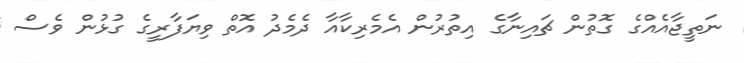
ނަތީޖާއެއްގެ ގޮތުން ޗައިނާގެ އިތުރުން އެމެރިކާއާ ދެމެދު އޮތް ވިޔަފާރީގެ ގުޅުން ވެސް